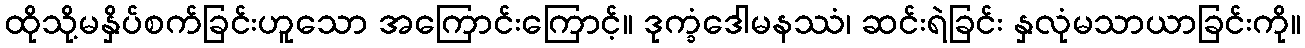
ထိုသို့မနှိပ်စက်ခြင်းဟူသော အကြောင်းကြောင့်။ ဒုက္ခံဒေါမနဿံ၊ ဆင်းရဲခြင်း နှလုံမသာယာခြင်းကို။